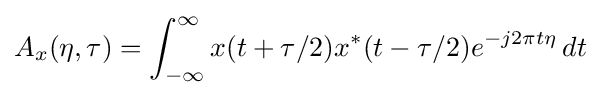
A_{x}(\eta ,\tau )=\int _{-\infty }^{\infty }x(t+\tau /2)x^{*}(t-\tau /2)e^{-j2\pi t\eta }\,dt